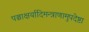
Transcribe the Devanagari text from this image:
पञ्चाक्षर्यादिमन्त्राणामुपदेष्टा